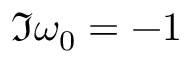
\Im { \omega _ { 0 } } = - 1